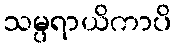
သမ္ပရာယိကာပိ